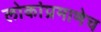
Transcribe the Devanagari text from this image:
लोकांप्रमाणेच